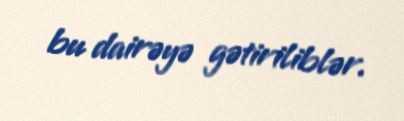
bu dairəyə gətiriliblər.